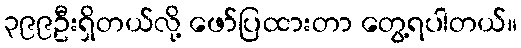
၃၉၉ဦးရှိတယ်လို့ ဖော်ပြထားတာ တွေ့ရပါတယ်။